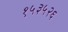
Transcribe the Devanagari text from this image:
१५३५२६